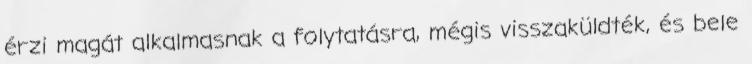
érzi magát alkalmasnak a folytatásra, mégis visszaküldték, és bele